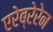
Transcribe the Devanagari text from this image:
एरेब्रेरेन